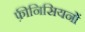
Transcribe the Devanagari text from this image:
फ़ीनिसियनों